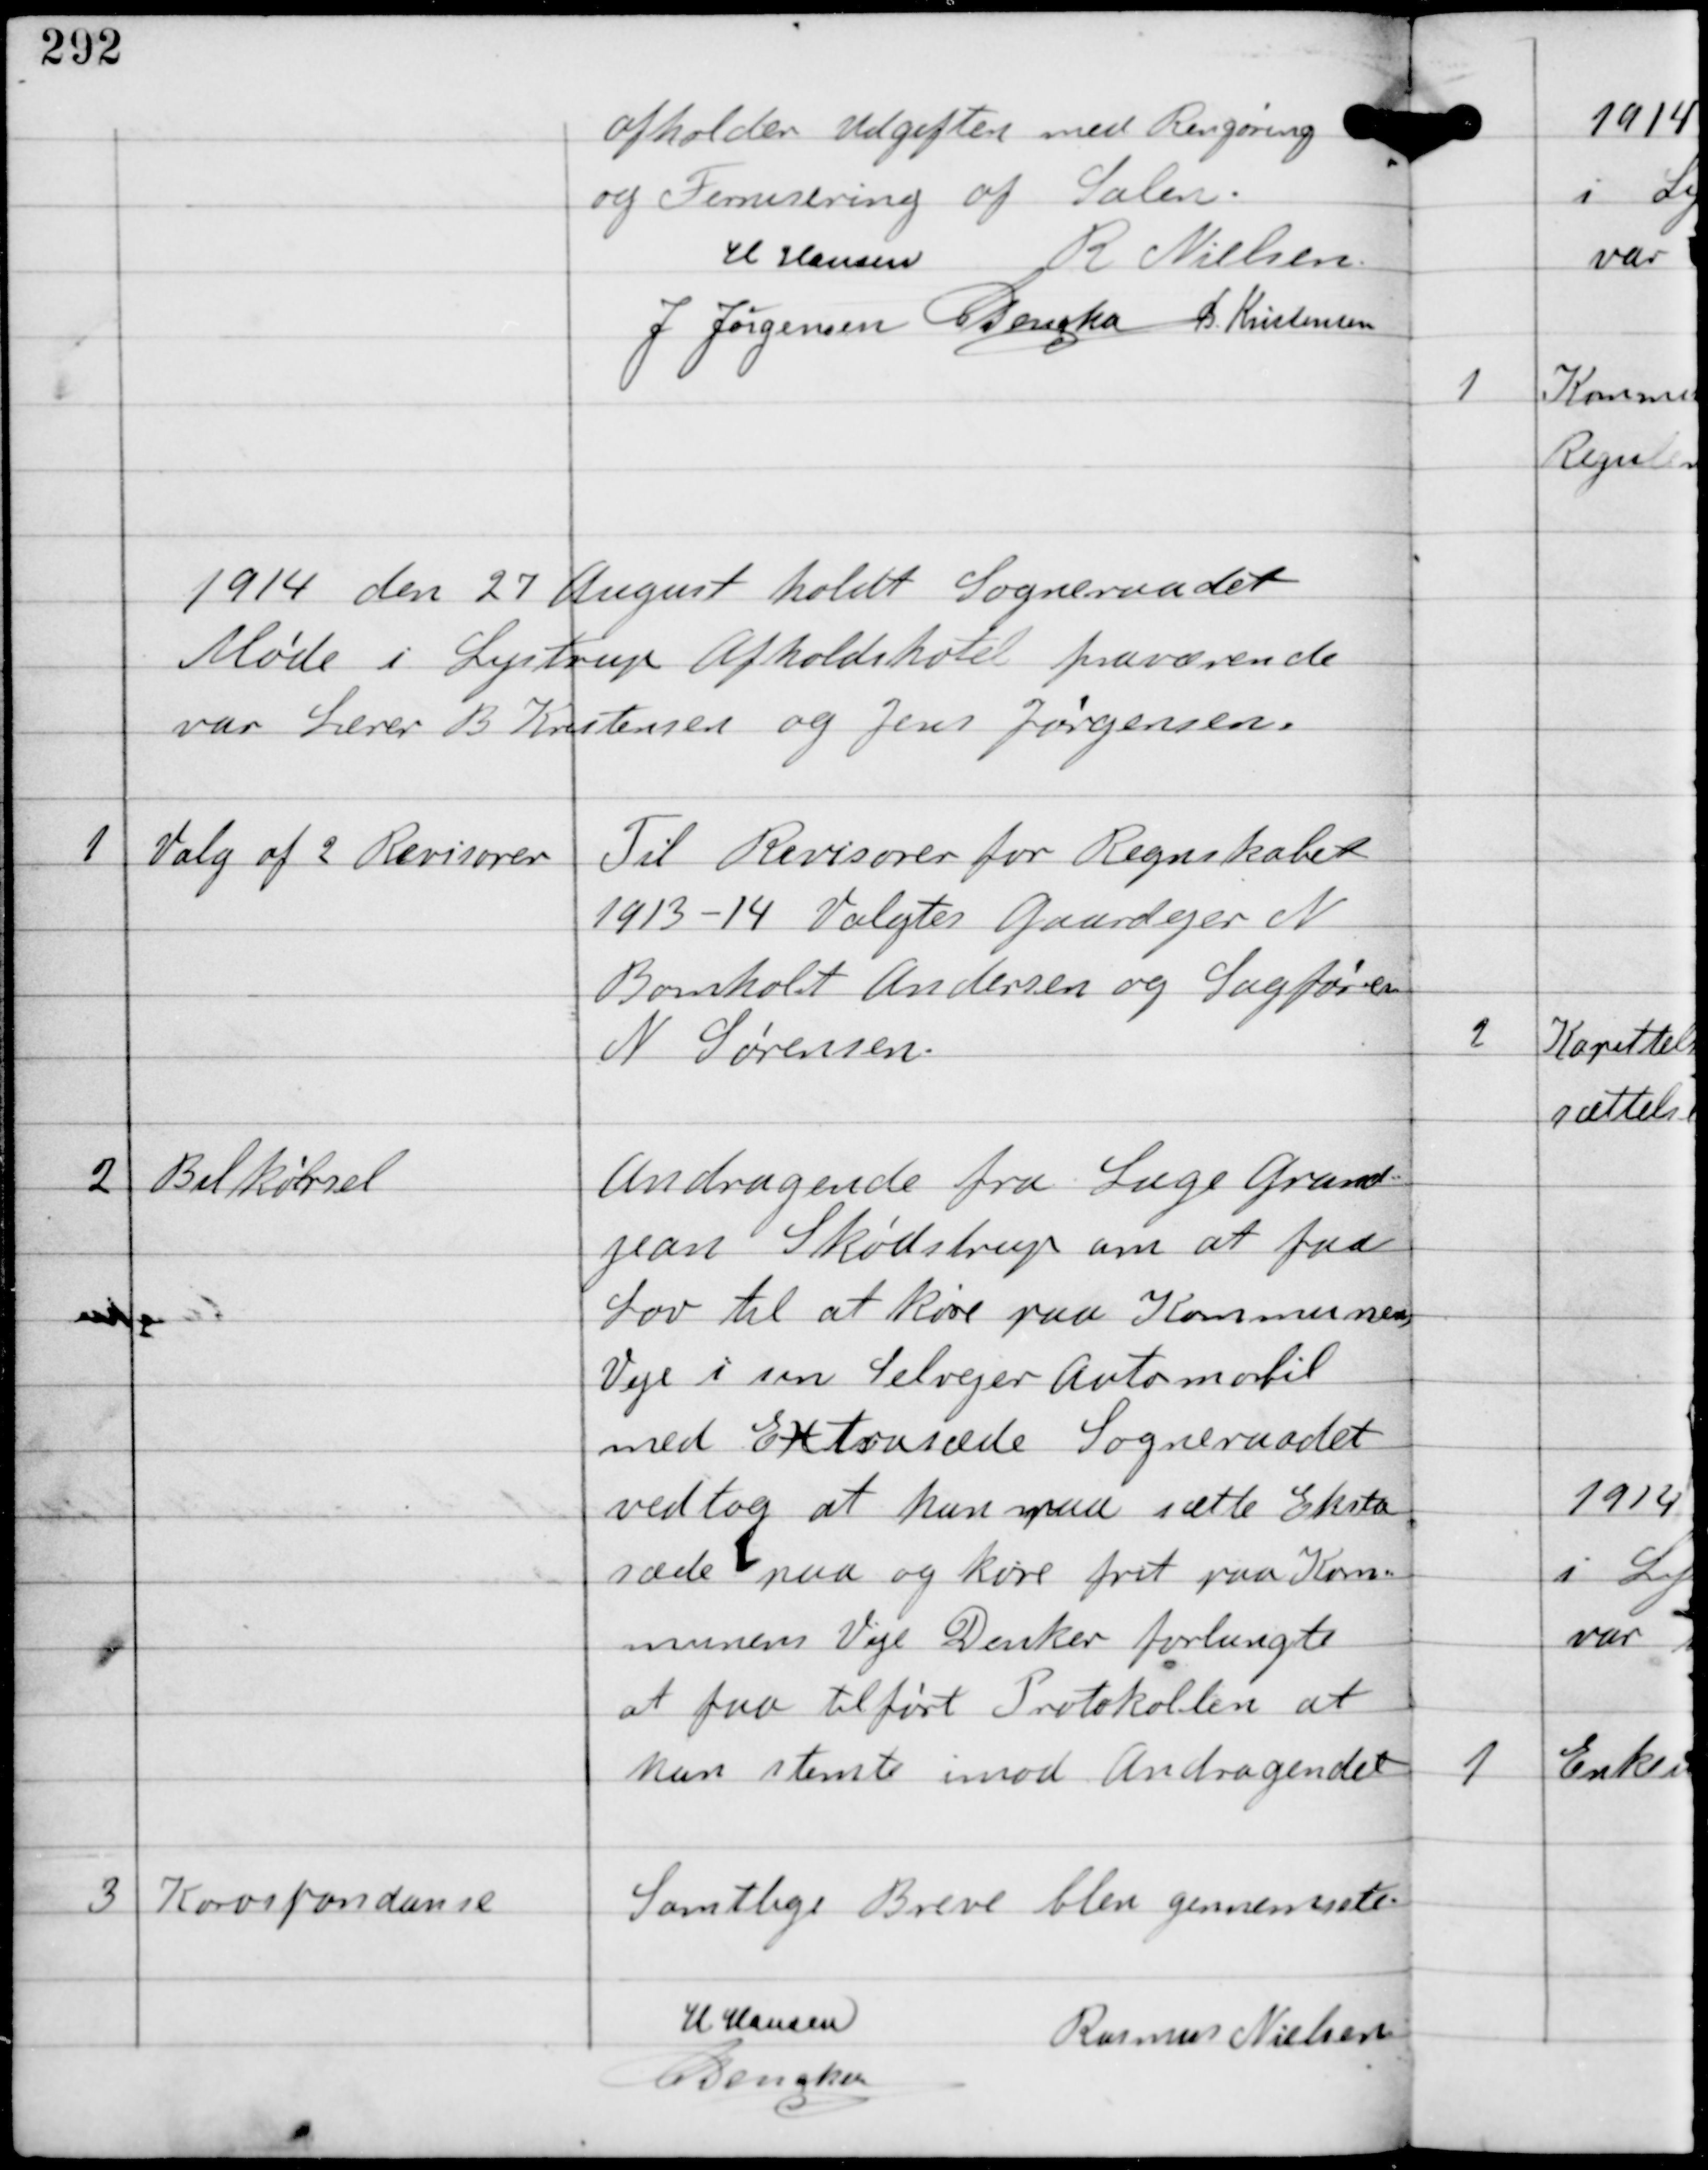
Transskription:
afholder Udgiften med Rengøring
og Fernisering af Salen.
H Hansen R Nielsen
J Jørgensen C Dencker B Kristensen

1914 den 27 August holdt Sogneraadet
Møde i Lystrup Afholdshotel fraværende
var Lærer B Kristensen og Jens Jørgensen

1

Valg af 2 Revisorer

Til Revisorer for Regnskabet
1913-14 Valgtes Gaardejer N
Bomholt Andersen og Sagfører
N Sørensen.

2

Bilkørsel

Andragende fra Læge Grand-
jean Skødstrup om at faa
Lov til at køre paa Kommunens
Veje i sin Selvejer Automobil
med Extrasæde Sogneraadet
vedtog at han maa sætte Ekstra-
sæde paa og køre frit paa Kom-
munens Veje Dencker forlangte
at faa tilført Protokollen at
han stemte imod Andragendet

3

Korospondance

Samtlige Breve blev gennemsete.

H Hansen
Rasmus Nielsen
C Dencker